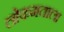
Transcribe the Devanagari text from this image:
लोकमताला